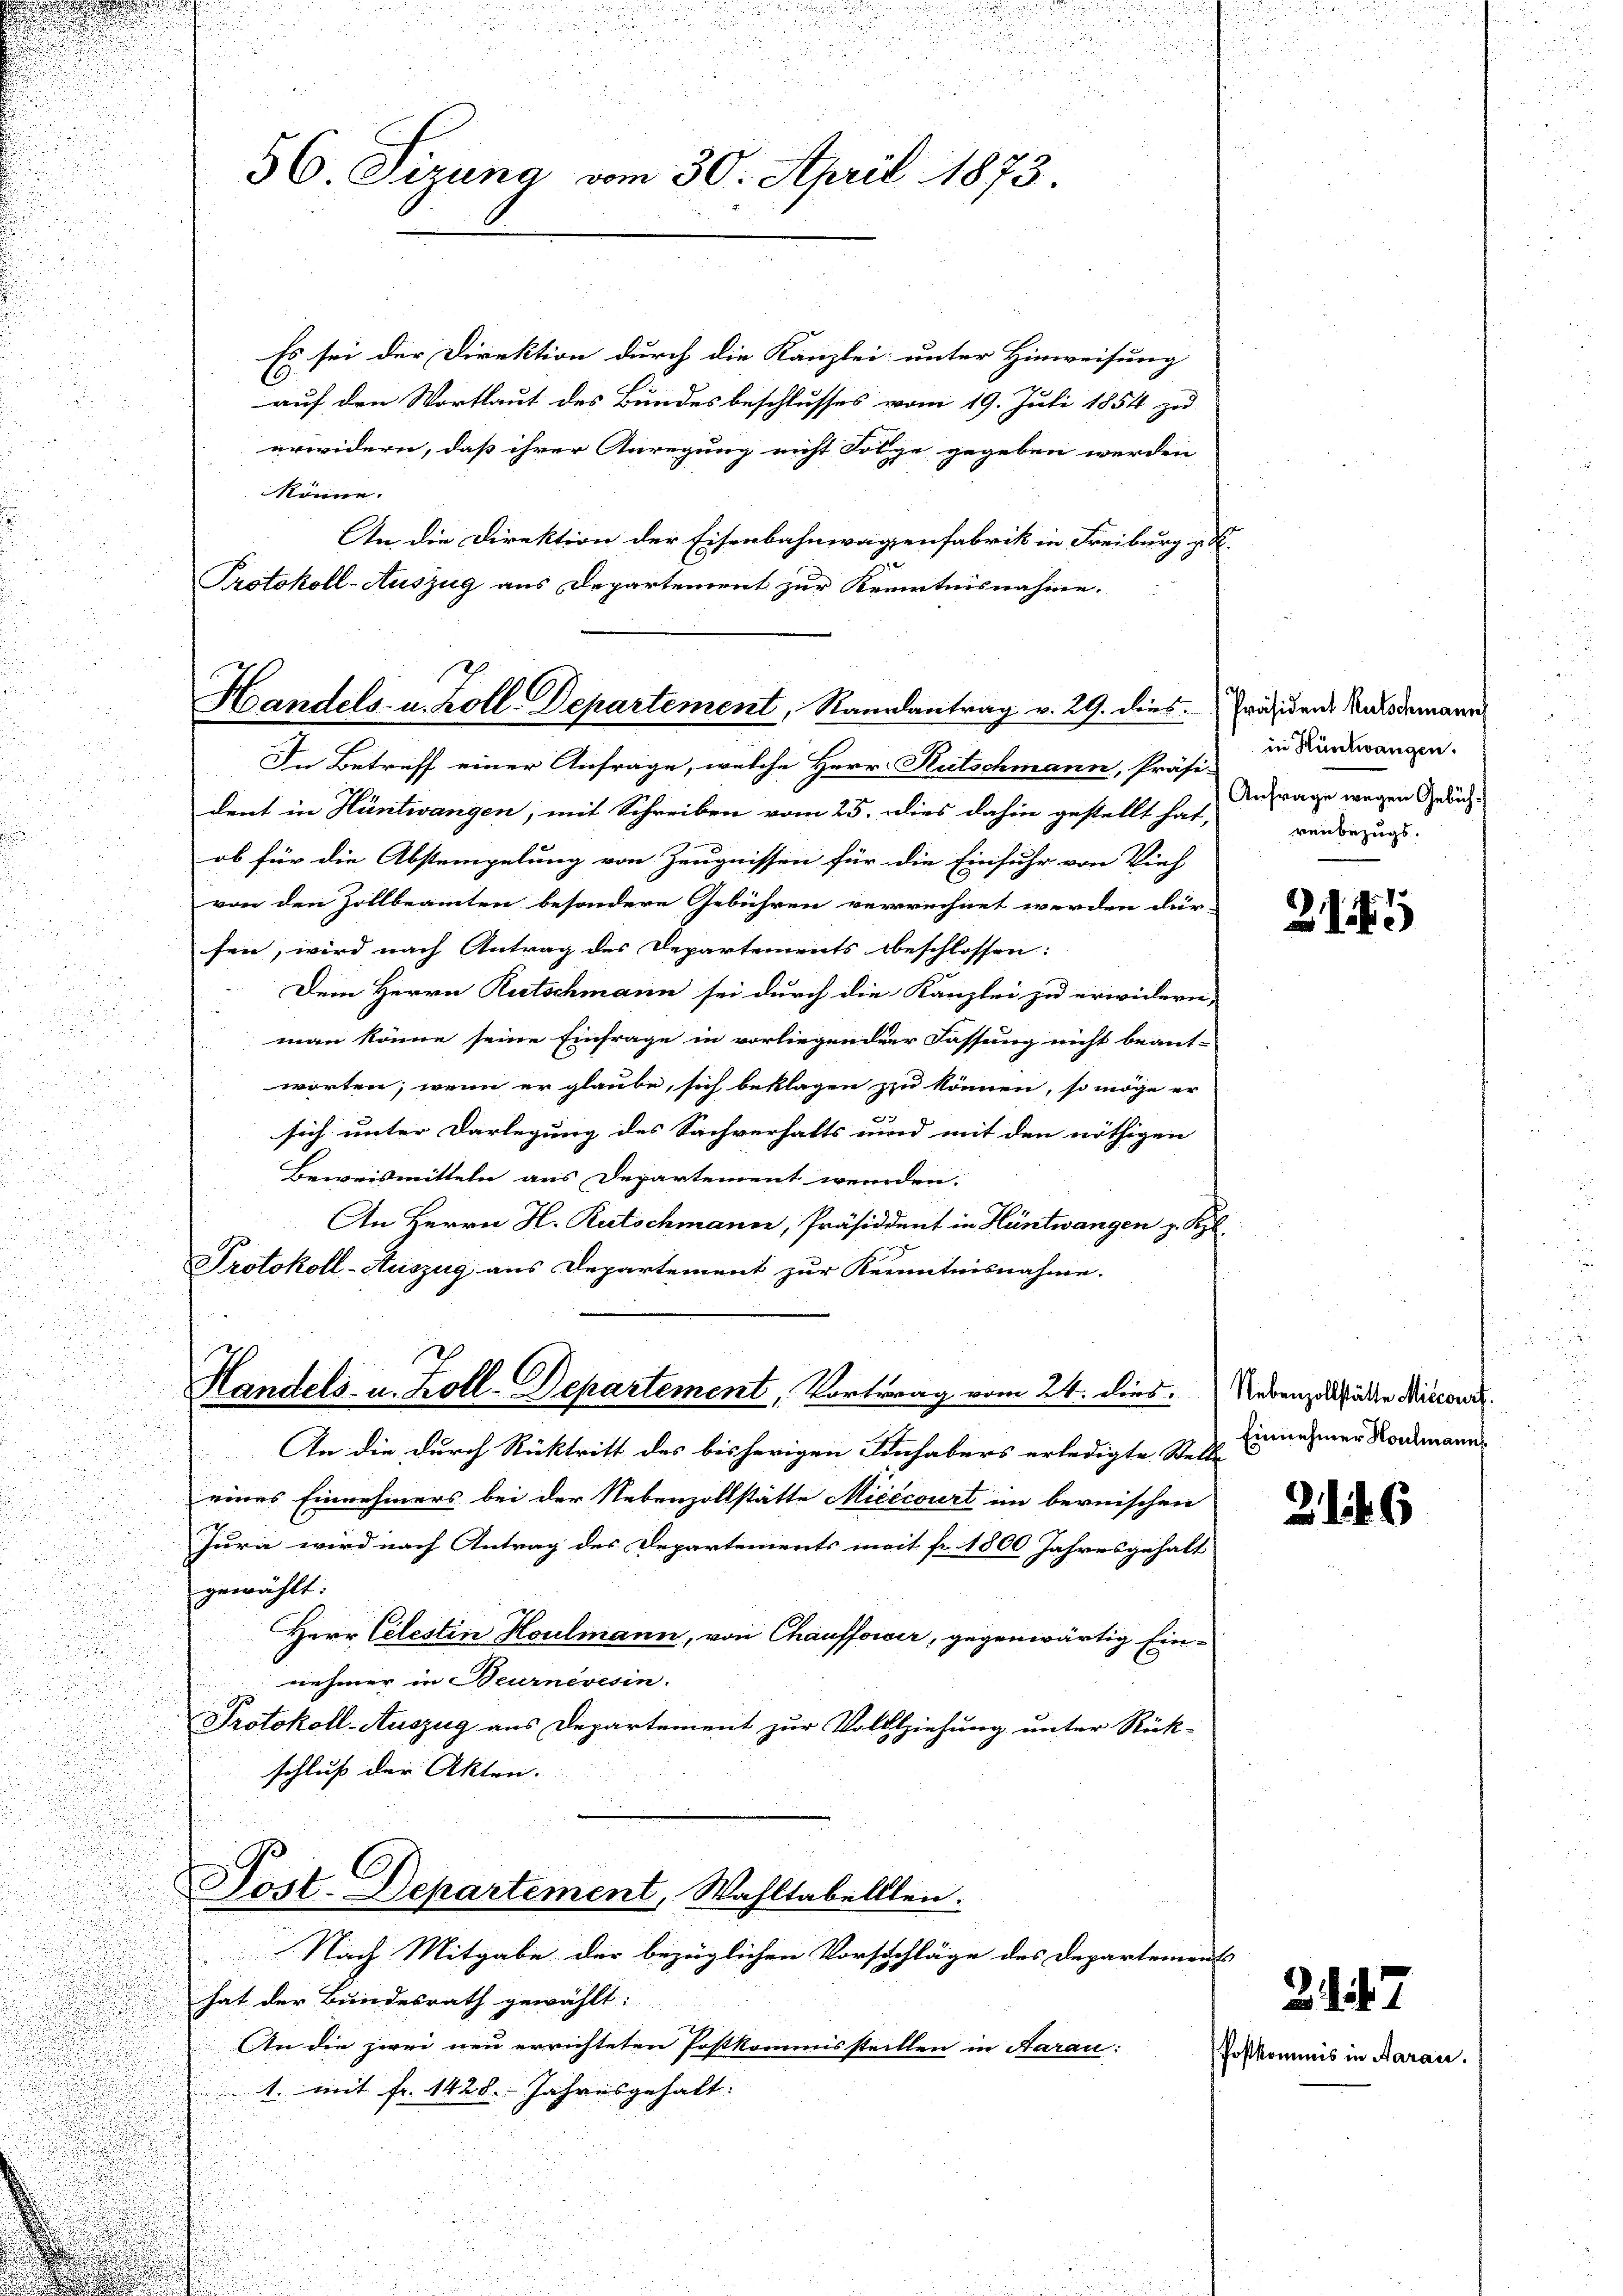
2
56 Jerung vom 30. April 1873.

Es sei der Direktion durch die Kanzlei unter Hinweisung
6
auf den Wortlaut des Bundesbeschlusses vom 19. Juli 1854 zu
erwidern, daß ihrer Anregung nicht Folge gegeben werden
könne.
An die Direktion der Eisenbahnwagenfabrik in Freiburg z. B.
Protokoll-Auszug aus Departement zur Kenntnisnahme.

Handels- u. Koll-Departement, Randantrag v. 29. dies

.
In Betreff einer Anfrage, welche Herr Rutschmann, Präsi-
dent in Hüntwangen, mit Schreiben vom 25. dies dahin gestellt hat,

ob für die Abstempelung von Zeugnissen für die Einfuhr von Vieh
r
2
von den Zollbeamten besondere Gebühren verrechnet werden dür
u

sen, wird nach Antrag des Departements beschlossen:
u
Dem Herrn Rutschmann sei durch die Kanzlei zu erwidern
d

c
man könne seine Einfrage in vorliegender Fassung nicht beant-

.
worten, wenn er glaube, sich beklagen zu können, so möge er
an

sich unter Darlegung des Sachverhalts und mit den nöthigen |
Beweismitteln aus Departement wenden.
u
An Herrn H. Rutschmann, Präsiddent in Hüntwangen z. B.
Protokoll-Auszug aus Departement zur Kenntnisnahme.
d
An die durch Rücktritt des bisherigen Einhabers erledigte Stei¬
.
eines Einnehmers bei der Nebenzollstätte Micecourt in bernischen
Jura wird nach Antrag des Departements mit fr. 1800 Jahresgehalt
gewählt.
u
Herr Celestin Houlmann, von Chauffower, gegenwärtig Ein¬

nehmer in Beurnevesin.
Protokoll-Auszug aus Departement zur Vollziehung unter Rück-
schluß der Akten.
Post. Departement, Wahltabelllen.
Nach Mitgabe der bezüglichen Vorschläge des Departeme
hat der Bundesrath gewählt:
An die zwei neu errichteten Postkommissteillen in Aarau:
1. mit fr. 1428. Jahresgehalt:
.
u
52

Handels- u. Koll-Departement, Vortrag vom 24. dies

Präsident Rutschmann
in Hüntwangen.
Anfrage wegen Gebührenbezugs.

Nebenzollstätte Miccourt.
Einnehmer Noulmann.
t

oftkon

21)

2146

2

7

ub in Aarau.